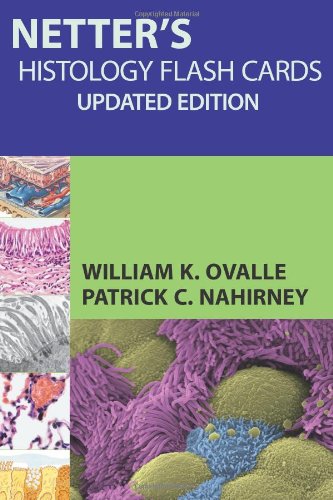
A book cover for Netter's Histology Flash Cards, Updated Edition; William K. Ovalle PhD; Medical Books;